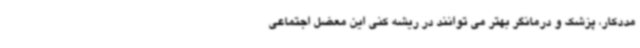
مددکار، پزشک و درمانگر بهتر می توانند در ریشه کنی این معضل اجتماعی